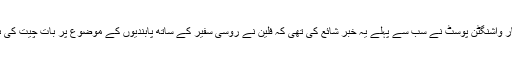
اخبار واشنگٹن پوسٹ نے سب سے پہلے یہ خبر شائع کی تھی کہ فلین نے روسی سفیر کے ساتھ پابندیوں کے موضوع پر بات چیت کی ہے۔